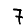
Digit: 7